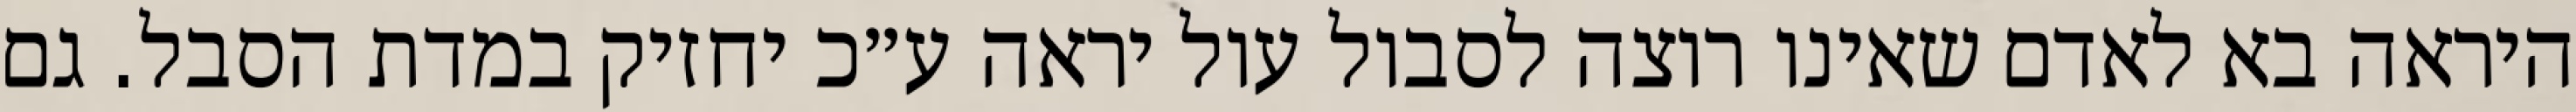
היראה בא לאדם שאינו רוצה לסבול עול יראה ע״כ יחזיק במדת הסבל. גם